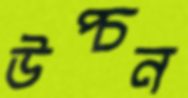
উপ্‌চন